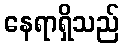
နေရာရှိသည်